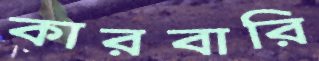
কারবারি